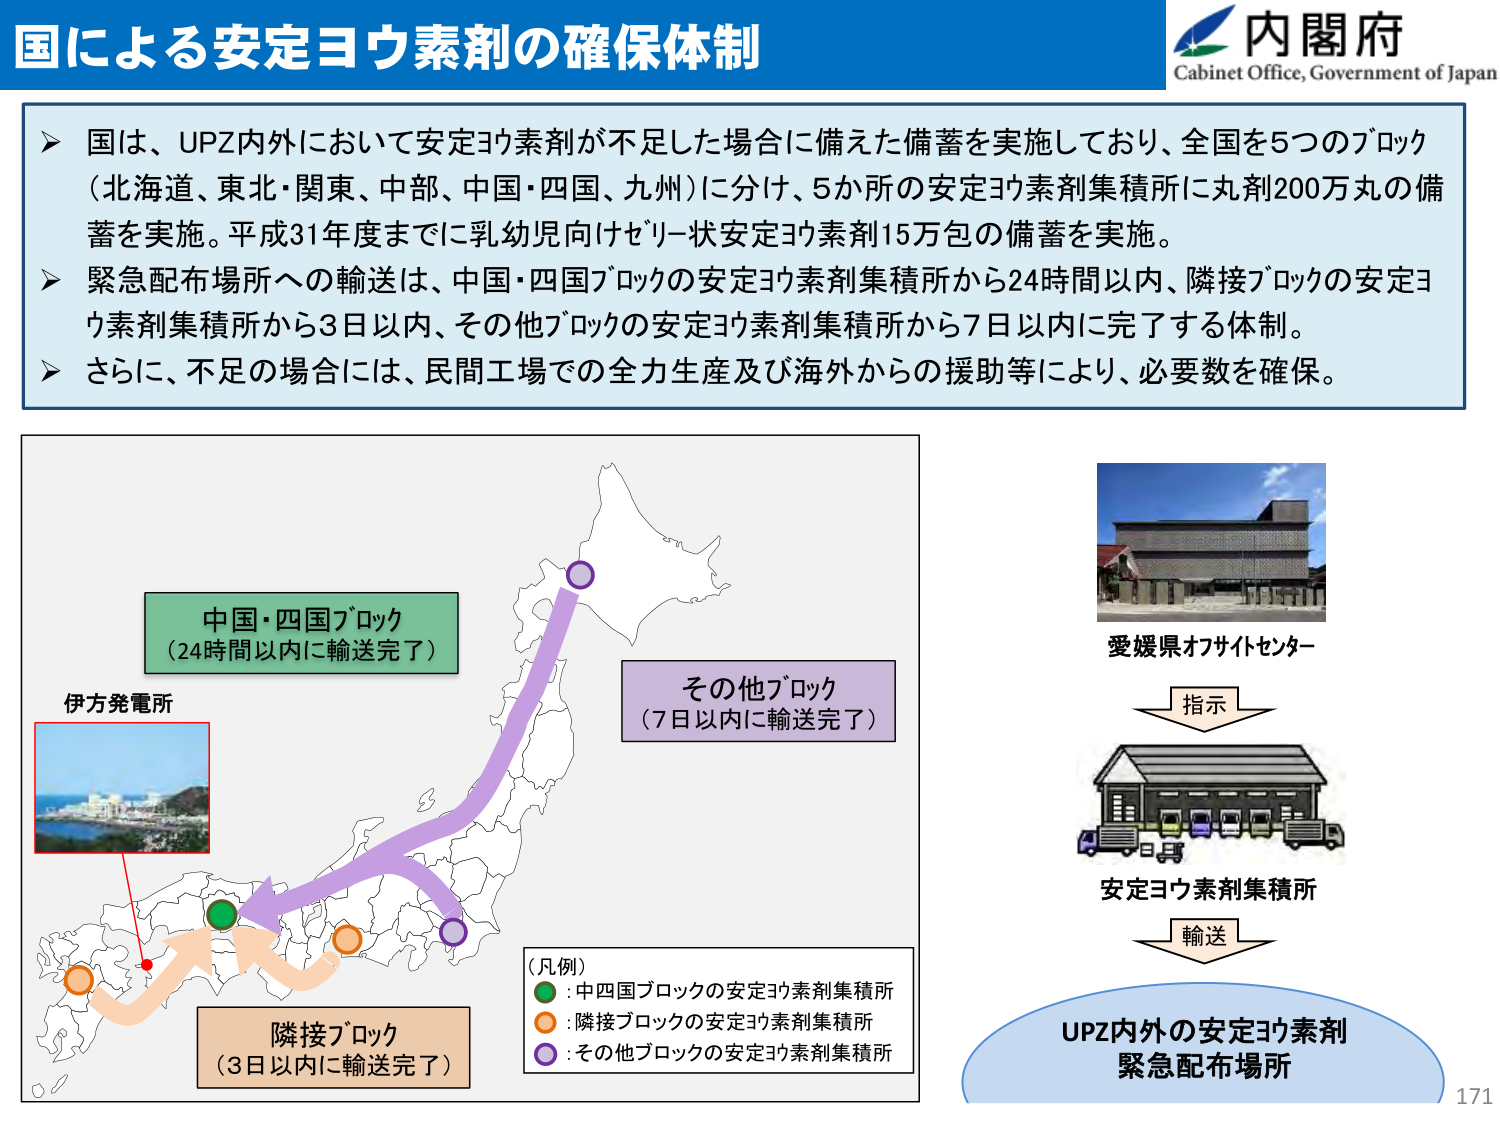
国による安定ヨウ素剤の確保体制

内閣府
Cabinet Office, Government of Japan

▶ 国は、UPZ内外において安定ヨウ素剤が不足した場合に備えた備蓄を実施しており、全国を5つのブロック（北海道、東北・関東、中部、中国・四国、九州）に分け、5か所の安定ヨウ素剤集積所に丸剤200万丸の備蓄を実施。平成31年度までに乳幼児向けゼリー状安定ヨウ素剤15万包の備蓄を実施。
▶ 緊急配布場所への輸送は、中国・四国ブロックの安定ヨウ素剤集積所から24時間以内、隣接ブロックの安定ヨウ素剤集積所から3日以内、その他ブロックの安定ヨウ素剤集積所から7日以内に完了する体制。
▶ さらに、不足の場合には、民間工場での全力生産及び海外からの援助等により、必要数を確保。

中国・四国ブロック
（24時間以内に輸送完了）

伊方発電所

その他ブロック
（7日以内に輸送完了）

隣接ブロック
（3日以内に輸送完了）

（凡例）
●：中四国ブロックの安定ヨウ素剤集積所
○：隣接ブロックの安定ヨウ素剤集積所
◎：その他ブロックの安定ヨウ素剤集積所

愛媛県オフサイトセンター
指示
安定ヨウ素剤集積所
輸送
UPZ内外の安定ヨウ素剤
緊急配布場所

171